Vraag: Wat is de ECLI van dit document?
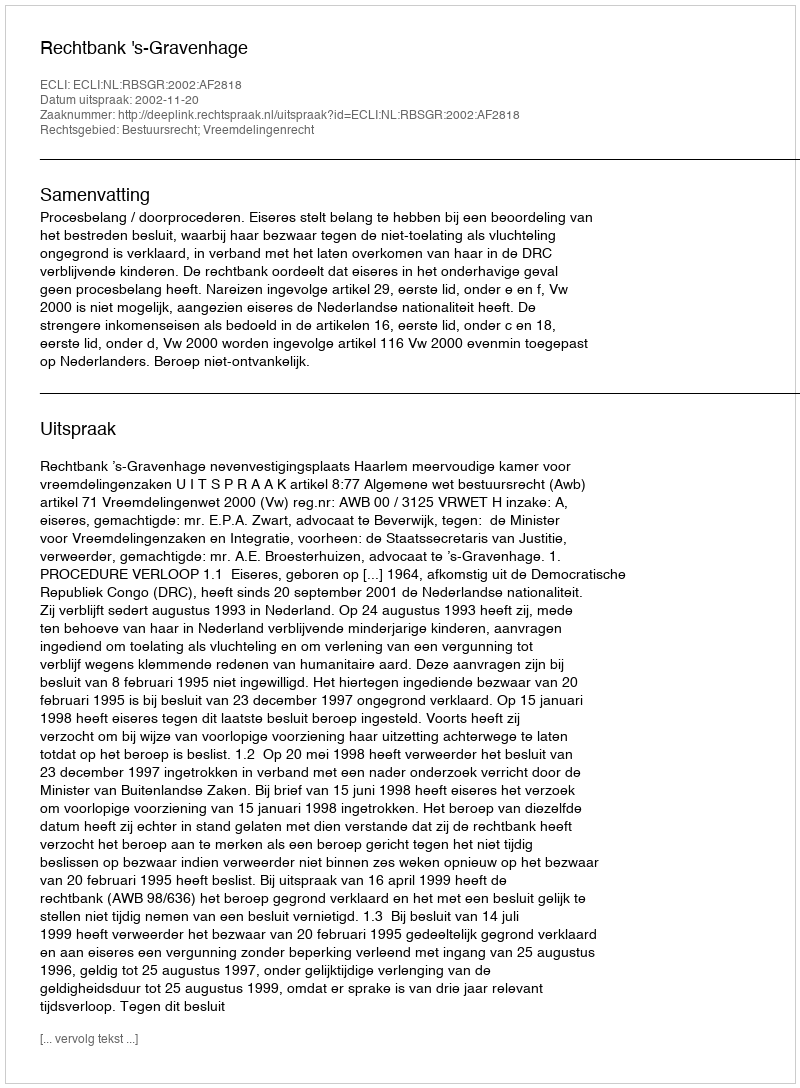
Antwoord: ECLI:NL:RBSGR:2002:AF2818